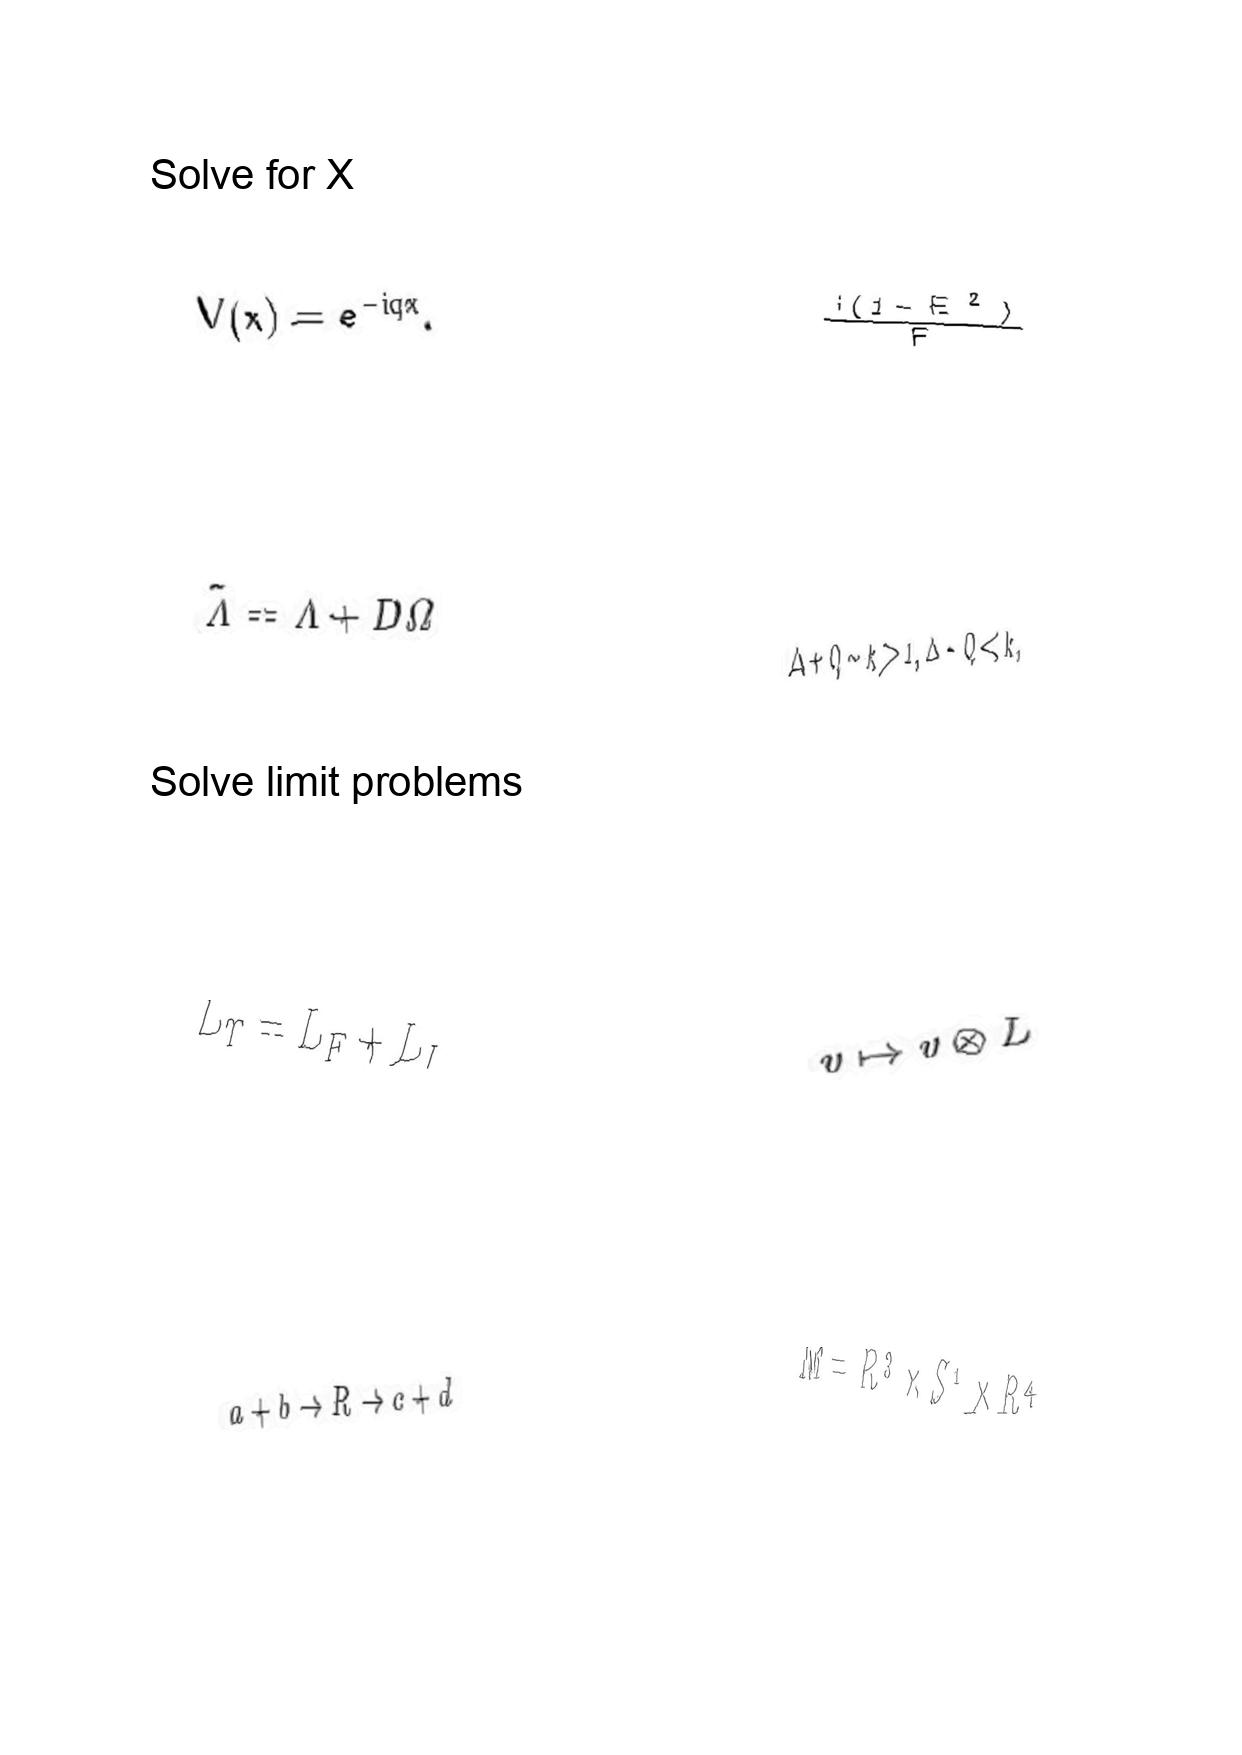
LaTeX transcription:
V \lparen x \rparen = e ^ { - i q x } .
\tilde { \Lambda } = \Lambda + D \Omega
L _ { T } = L _ { F } + L _ { I }
a + b \rightarrow R \rightarrow c + d
\frac { i \lparen 1 - E ^ { 2 } \rparen } { F }
\Delta + Q \sim k \gg 1 , \Delta - Q \ll k ,
v \mapsto v \otimes L
M = R ^ { 3 } \times S ^ { 1 } \times R ^ { 4 }